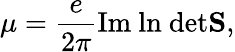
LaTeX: \mu=\frac{e}{2\pi}\mathrm{Im~ln~det}\textbf{S},